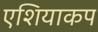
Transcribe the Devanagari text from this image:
एशियाकप